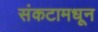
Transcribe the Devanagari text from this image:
संकटामधून